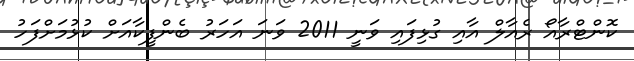
ކޮންޓްރާއޯ ރެއާލް އާއި ގުޅިފައި ވަނީ 2011 ވަނަ އަހަރު ބެންފީކާއަށް ކުޅުމަށްފަހު